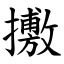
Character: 㩤